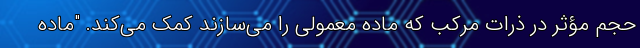
حجم مؤثر در ذرات مرکب که ماده معمولی را می‌سازند کمک می‌کند. "ماده